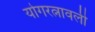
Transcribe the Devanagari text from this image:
योगरत्नावली